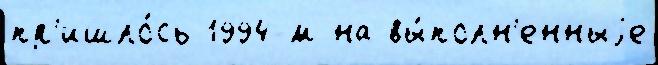
пр'ишло́сь 1994-м на вы́полн'енныjе